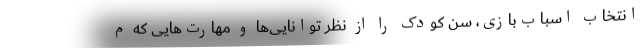
انتخاب اسباب‌بازی، سن کودک را از نظر توانایی‌ها و مهارت‌هایی که م